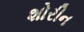
શોરીન